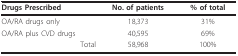
<table><thead><tr><td><b>Drugs Prescribed</b></td><td><b>No. of patients</b></td><td><b>% of total</b></td></tr></thead><tbody><tr><td>OA/RA drugs only</td><td>18,373</td><td>31%</td></tr><tr><td>OA/RA plus CVD drugs</td><td>40,595</td><td>69%</td></tr><tr><td>Total</td><td>58,968</td><td>100%</td></tr></tbody></table>